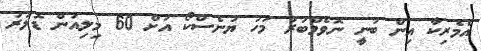
އެމެރިކާ އިން ބުނީ ނޮވެމްބަރު މަހު ޔުނެސްކޯ އަށް 60 މިލިއަން ޑޮލަރު